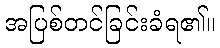
အပြစ်တင်ခြင်းခံရ၏။